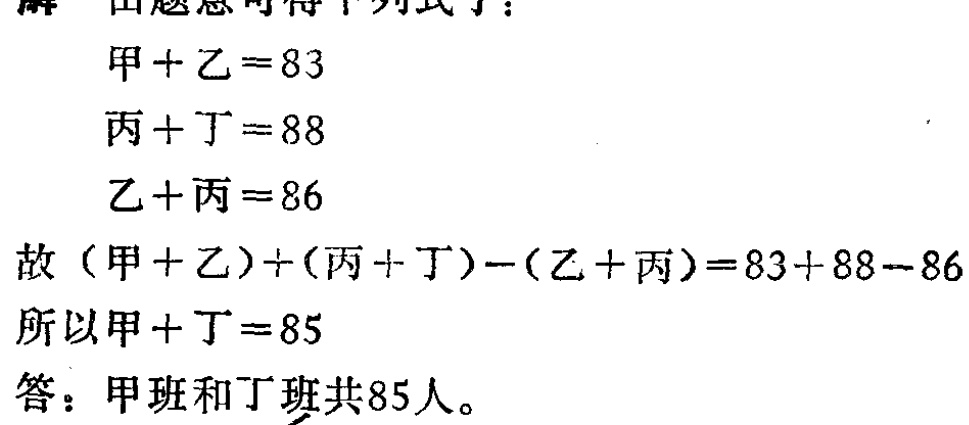
解 由题意可得下列式子：

\[

\begin{align*}

甲 + 乙&=83\\

丙 + 丁&=88\\

乙 + 丙&=86

\end{align*}

\]

故\((甲 + 乙)+(丙 + 丁)-(乙 + 丙)=83 + 88 - 86\)

所以\(甲 + 丁=85\)

答：甲班和丁班共85人。